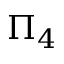
\Pi _ { 4 }